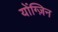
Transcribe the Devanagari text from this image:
योंग्ज़िन